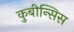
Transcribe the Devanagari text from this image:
कुबीन्सिस